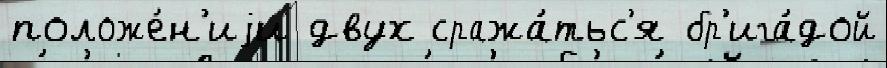
положе́н'иjи двух сража́тьс'я бр'ига́дой